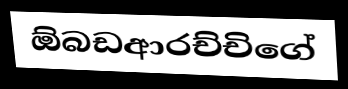
ඕබඩආරච්චිගේ